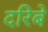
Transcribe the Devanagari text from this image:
दरिबे